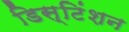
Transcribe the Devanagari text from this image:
डिस्टिंशन